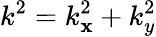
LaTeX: k^{2}=k_{\mathbf{x}}^{2}+k_{y}^{2}